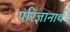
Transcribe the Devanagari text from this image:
परिज्ञानार्थ